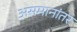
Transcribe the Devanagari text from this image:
असमानांतर